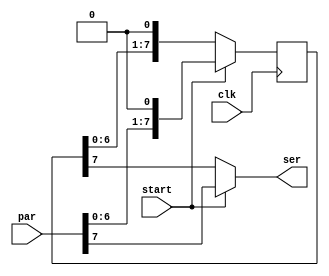
module par_to_ser #(parameter W=8)
	(input clk , input[W-1:0] par,
	input start, output ser);	
	reg[W-1:0] par_reg = 0;
	always @(posedge clk) begin
		if (start) begin
			par_reg <= {par[W-2:0], 1'b0};	
		end
		else begin
			par_reg <= {par_reg[W-2:0], 1'b0};
		end
	end	
	assign ser = start ? par[W-1] : par_reg[W-1];
endmodule